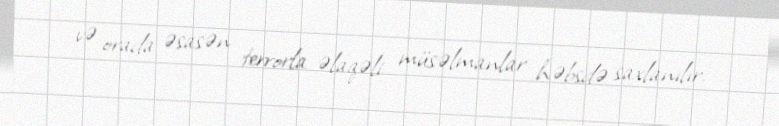
və orada əsasən terrorla əlaqəli müsəlmanlar həbsdə saxlanılır.